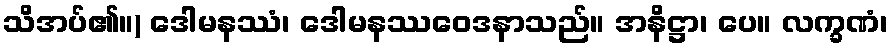
သိအပ်၏။) ဒေါမနဿံ၊ ဒေါမနဿဝေဒနာသည်။ အနိဋ္ဌာ၊ ပေ။ လက္ခဏံ၊